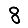
Digit: 8